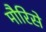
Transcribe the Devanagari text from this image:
मौरिसे